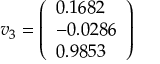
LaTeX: v _ { 3 } = { \left( \begin{array} { l } { 0 . 1 6 8 2 } \\ { - 0 . 0 2 8 6 } \\ { 0 . 9 8 5 3 } \end{array} \right) }